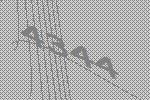
4344